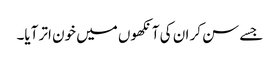
جسے سن کر ان کی آنکھوں میں خون اتر آیا۔